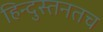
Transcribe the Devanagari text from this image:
हिन्दुस्तनतच